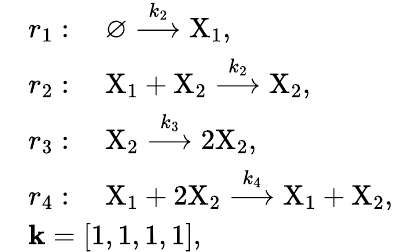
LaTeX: \begin{array}{rl}&{r_{1}:\quad\varnothing\stackrel{k_{2}}{\longrightarrow}\mathrm{X}_{1},}\\ &{r_{2}:\quad\mathrm{X}_{1}+\mathrm{X}_{2}\stackrel{k_{2}}{\longrightarrow}\mathrm{X}_{2},}\\ &{r_{3}:\quad\mathrm{X}_{2}\stackrel{k_{3}}{\longrightarrow}2\mathrm{X}_{2},}\\ &{r_{4}:\quad\mathrm{X}_{1}+2\mathrm{X}_{2}\stackrel{k_{4}}{\longrightarrow}\mathrm{X}_{1}+\mathrm{X}_{2},}\\ &{\mathbf{k}=[1,1,1,1],}\end{array}